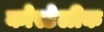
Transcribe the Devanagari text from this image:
कोस्टेलीक